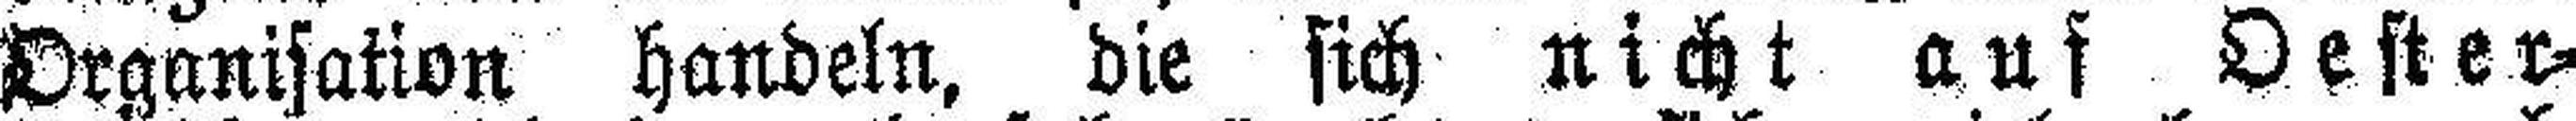
Organisation handeln, die sich nicht auf Oester¬